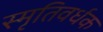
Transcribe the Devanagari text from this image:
स्मृतिवर्धक